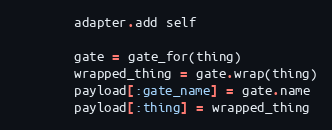
Language: Ruby
        adapter.add self

        gate = gate_for(thing)
        wrapped_thing = gate.wrap(thing)
        payload[:gate_name] = gate.name
        payload[:thing] = wrapped_thing